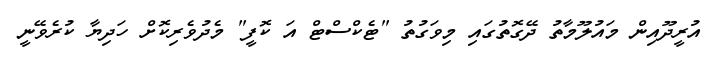
އުރީދޫއިން މައުލޫމާތު ދޭގޮތުގައި މިވަގުތު "ޓެކްސްޓް އަ ކޮފީ" މެދުވެރިކޮށް ހަދިޔާ ކުރެވޭނީ